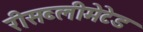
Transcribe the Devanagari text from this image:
रीसब्लीमेटेड